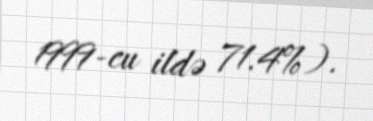
1999-cu ildə 71.4%).